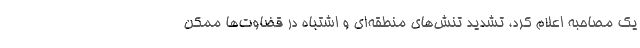
یک مصاحبه اعلام کرد، تشدید تنش‌های منطقه‌ای و اشتباه در قضاوت‌ها ممکن